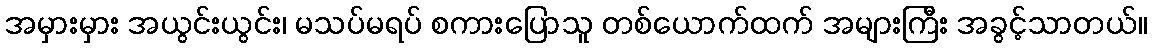
အမှားမှား အယွင်းယွင်း၊ မသပ်မရပ် စကားပြောသူ တစ်ယောက်ထက် အများကြီး အခွင့်သာတယ်။